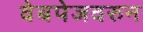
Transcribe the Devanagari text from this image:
वेबपेजवरुन